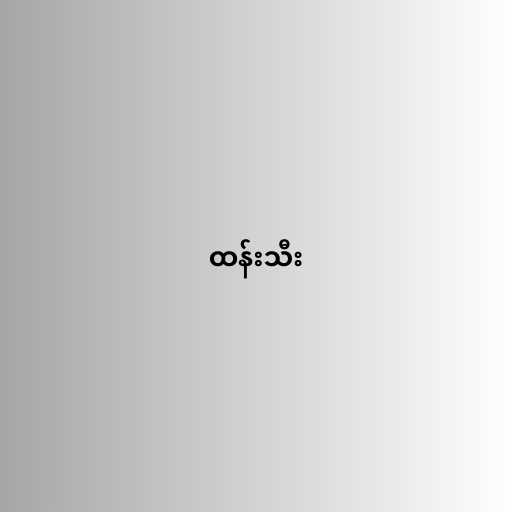
ထန်းသီး